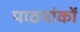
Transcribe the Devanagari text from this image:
पाठयांकों